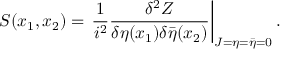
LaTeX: { \cal S } ( x _ { 1 } , x _ { 2 } ) = \left. \frac { 1 } { i ^ { 2 } } \frac { \delta ^ { 2 } Z } { \delta \eta ( x _ { 1 } ) \delta \bar { \eta } ( x _ { 2 } ) } \right| _ { J = \eta = \bar { \eta } = 0 } .